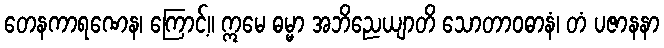
တေနကာရဏေန၊ ကြောင့်။ ဣမေ ဓမ္မာ အဘိညေယျာတိ သောတာဝဓာနံ၊ တံ ပဇာနနာ